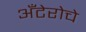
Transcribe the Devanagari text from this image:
अँटेरोचे